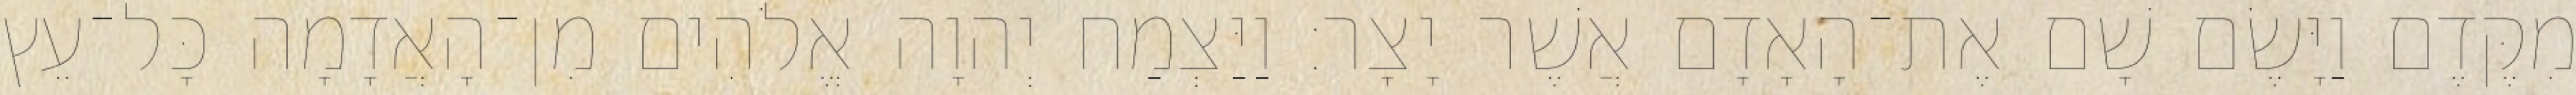
מִקֶּדֶם וַיָּשֶׂם שָׁם אֶת־הָאָדָם אֲשֶׁר יָצָר׃ וַיַּצְמַח יְהוָה אֱלֹהִים מִן־הָאֲדָמָה כָּל־עֵץ